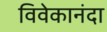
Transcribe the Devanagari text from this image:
विवेकानंदा